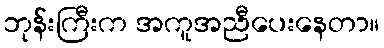
ဘုန်းကြီးက အကူအညီပေးနေတာ။